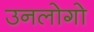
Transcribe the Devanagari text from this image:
उनलोगो